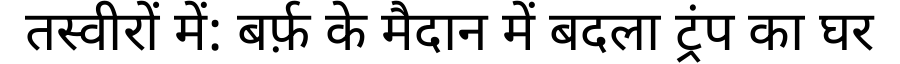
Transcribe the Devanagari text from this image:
तस्वीरों में: बर्फ़ के मैदान में बदला ट्रंप का घर